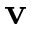
{ \bf v }